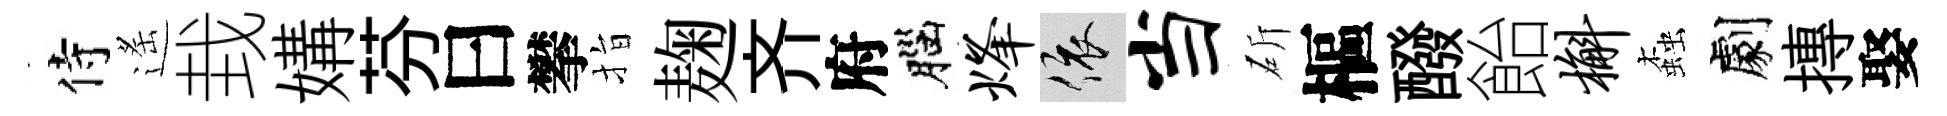
侍遙㘽媾芬曰攀指麹齐府腦烽依当斫樞醱飴槲螙劇摶娶